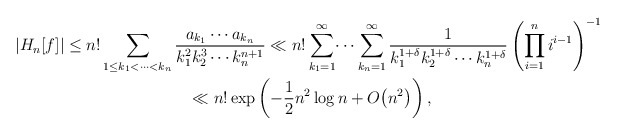
\begin{gather*}|H_n[f]| \le n!\sum_{1\le k_1<\dots<k_n}\frac{a_{k_1}\dotsb a_{k_n}}{k_1^2k_2^3\cdots k_n^{n+1}}\ll n!\sum_{k_1=1}^\infty\dotsi\sum_{k_n=1}^\infty\frac{1}{k_1^{1+\delta}k_2^{1+\delta}\dotsb k_n^{1+\delta}}\left(\prod_{i=1}^{n}i^{i-1}\right)^{-1}\\\hphantom{|H_n[f]|}{}\ll n!\exp\left(-\frac12 n^2\log n+O\big(n^2\big)\right),\end{gather*}